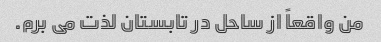
من واقعاً از ساحل در تابستان لذت می برم.